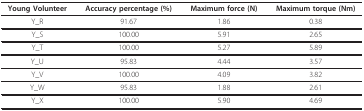
<table><thead><tr><td><b>Young Volunteer</b></td><td><b>Accuracy percentage (%)</b></td><td><b>Maximum force (N)</b></td><td><b>Maximum torque (Nm)</b></td></tr></thead><tbody><tr><td>Y_R</td><td>91.67</td><td>1.86</td><td>0.38</td></tr><tr><td>Y_S</td><td>100.00</td><td>5.91</td><td>2.65</td></tr><tr><td>Y_T</td><td>100.00</td><td>5.27</td><td>5.89</td></tr><tr><td>Y_U</td><td>95.83</td><td>4.44</td><td>3.57</td></tr><tr><td>Y_V</td><td>100.00</td><td>4.09</td><td>3.82</td></tr><tr><td>Y_W</td><td>95.83</td><td>1.88</td><td>2.61</td></tr><tr><td>Y_X</td><td>100.00</td><td>5.90</td><td>4.69</td></tr></tbody></table>